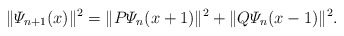
\begin{align*}\|\varPsi_{n+1}(x)\|^2 = \|P\varPsi_n(x+1)\|^2 + \|Q\varPsi_n(x-1)\|^2.\end{align*}